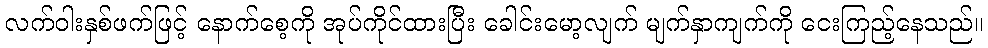
လက်ဝါးနှစ်ဖက်ဖြင့် နောက်စေ့ကို အုပ်ကိုင်ထားပြီး ခေါင်းမော့လျက် မျက်နှာကျက်ကို ငေးကြည့်နေသည်။